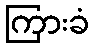
ကြားခံ